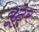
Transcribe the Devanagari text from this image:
बूटेर